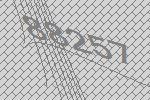
88257